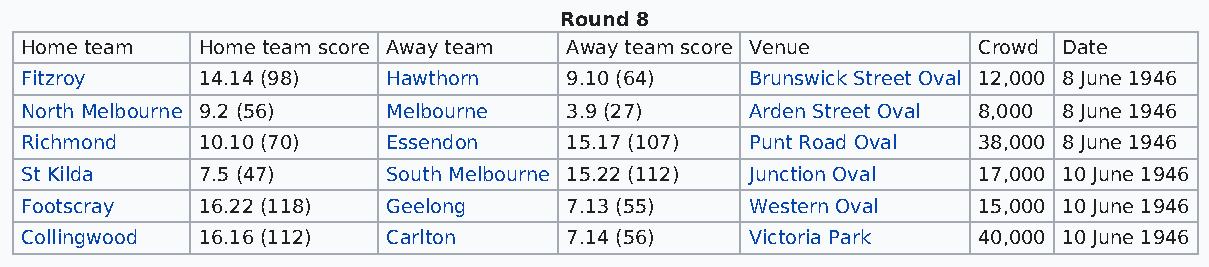
Round 8
 Home team   Home team score Away team Away team score Venue     Crowd Date
 Fitzroy     14.14 (98)   Hawthorn   9.10 (64)    Brunswick Street Oval 12,000 8 June 1946
 North Melbourne 9.2 (56) Melbourne  3.9 (27)     Arden Street Oval 8,000 8 June 1946
 Richmond    10.10 (70)   Essendon   15.17 (107)  Punt Road Oval 38,000 8 June 1946
 St Kilda    7.5 (47)     South Melbourne 15.22 (112) Junction Oval 17,000 10 June 1946
 Footscray   16.22 (118)  Geelong    7.13 (55)    Western Oval   15,000 10 June 1946
 Collingwood 16.16 (112)  Carlton    7.14 (56)    Victoria Park  40,000 10 June 1946